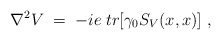
\begin{align*}\nabla^2 V \;=\; - i e\; tr[\gamma_0 S_V(x,x)] \;,\end{align*}